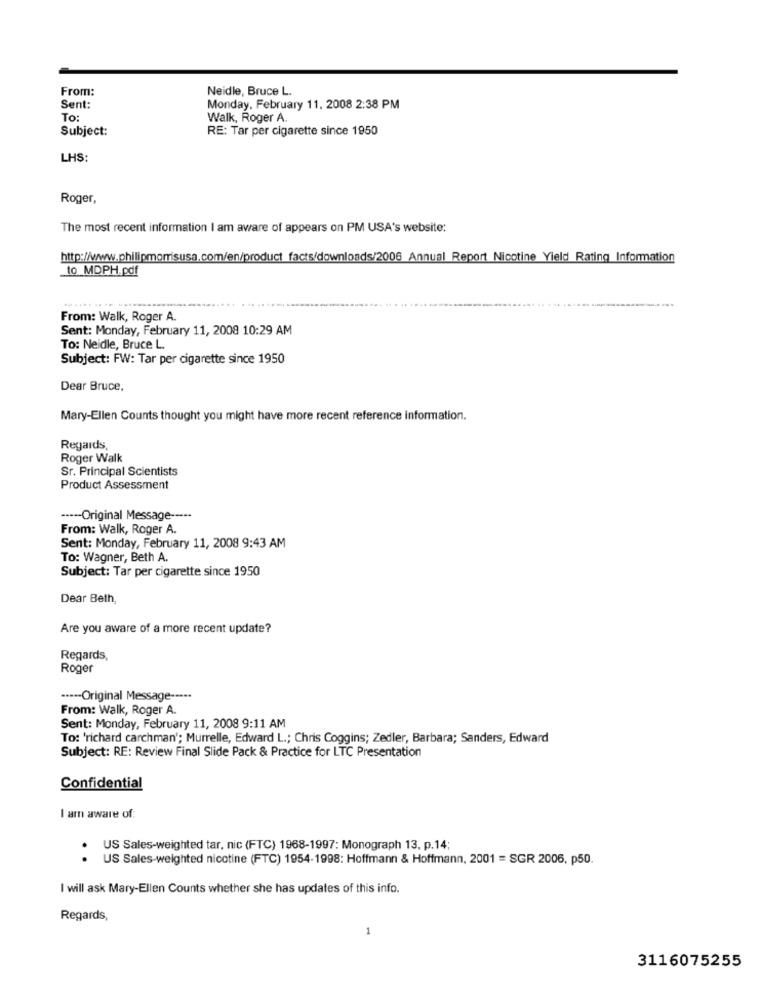
From:
Neidle, Bruce L.
Sent:
Monday, February 11, 2008 2:38 PM
To:
Walk, Roger A.
Subject:
RE: Tar per cigarette since 1950
LHS:
Roger,
The most recent information I am aware of appears on PM USA's website:
http://www.philipmorrisusa.com/en/product_facts/downloads/2006 Annual Report Nicotine Yield Rating Information
to MDPH.pdf
From: Walk, Roger A.
Sent: Monday, February 11, 2008 10:29 AM
To: Neidle, Bruce L.
Subject: FW: Tar per cigarette since 1950
Dear Bruce,
Mary-Ellen Counts thought you might have more recent reference information.
Regards
Roger Walk
Sr. Principal Scientists
Product Assessment
----- Original Message -----
From: Walk, Roger A.
Sent: Monday, February 11, 2008 9:43 AM
To: Wagner, Beth A.
Subject: Tar per cigarette since 1950
Dear Beth,
Are you aware of a more recent update?
Regards,
Roger
----- Original Message -····
From: Walk, Roger A.
Sent: Monday, February 11, 2008 9:11 AM
To: 'richard carchman'; Murrelle, Edward L .; Chris Coggins; Zedler, Barbara; Sanders, Edward
Subject: RE: Review Final Slide Pack & Practice for LTC Presentation
Confidential
I am aware of:
US Sales-weighted tar, nic (FTC) 1968-1997: Monograph 13, p.14;
.
US Sales-weighted nicotine (FTC) 1954-1998: Hoffmann & Hoffmann, 2001 = SGR 2006, p50.
I will ask Mary-Ellen Counts whether she has updates of this info.
Regards,
1
3116075255